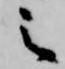
之